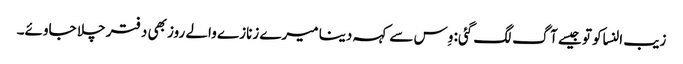
زیب النساکو تو جیسے آگ لگ گئی: وِس سے کہہ دینا میرے زنازے والے روز بھی دفتر چلا جاوئے۔